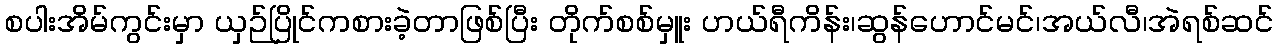
စပါးအိမ်ကွင်းမှာ ယှဉ်ပြိုင်ကစားခဲ့တာဖြစ်ပြီး တိုက်စစ်မှူး ဟယ်ရီကိန်း၊ဆွန်ဟောင်မင်၊အယ်လီ၊အဲရစ်ဆင်